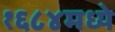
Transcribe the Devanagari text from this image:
१६८४मध्ये